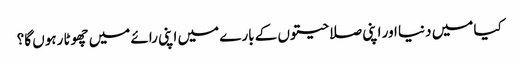
کیا میں دنیا اور اپنی صلاحیتوں کے بارے میں اپنی رائے میں چھوٹا رہوں گا؟